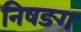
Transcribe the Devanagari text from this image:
निषङग